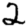
Digit: 2